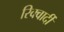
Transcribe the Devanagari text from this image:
रिक्वार्दी